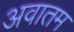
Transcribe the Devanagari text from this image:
अवातम